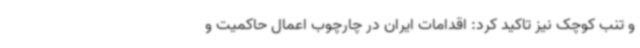
و تنب کوچک نیز تاکید کرد: اقدامات ایران در چارچوب اعمال حاکمیت و